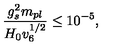
\frac { g _ { s } ^ { 2 } m _ { p l } } { H _ { 0 } v _ { 6 } ^ { 1 / 2 } } \leq 1 0 ^ { - 5 } ,